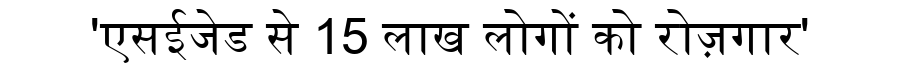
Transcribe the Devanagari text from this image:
'एसईजेड से 15 लाख लोगों को रोज़गार'